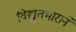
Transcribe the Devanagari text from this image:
विद्युतभाराने